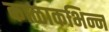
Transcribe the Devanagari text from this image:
काळाकभिन्न